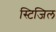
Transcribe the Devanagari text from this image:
स्टिजिल